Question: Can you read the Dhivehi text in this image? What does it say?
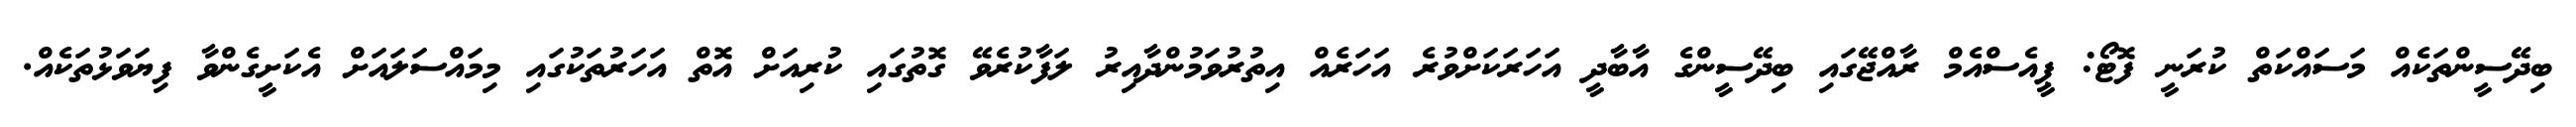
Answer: ބިދޭސީންތަކެއް މަސައްކަތް ކުރަނީ ފޮޓޯ: ޕީއެސްއެމް ރާއްޖޭގައި ބިދޭސީންގެ އާބާދީ އަހަރަކަށްވުރެ އަހަރެއް އިތުރުވަމުންދާއިރު ލަފާކުރެވޭ ގޮތުގައި ކުރިއަށް އޮތް އަހަރުތަކުގައި މިމައްސަލައަށް އެކަށީގެންވާ ފިޔަވަޅުތަކެއް.